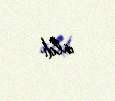
aldı.